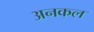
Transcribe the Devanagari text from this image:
अनकल